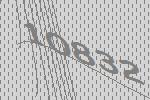
10832